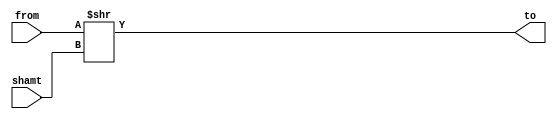
`ifndef __ShiftRightN__
`define __ShiftRightN__

// left shift 2 bits padded with 0's
module ShiftRightN(
    from,
    shamt,
    to
);
    input wire [31:0] from;
    input wire [4:0] shamt;
    output wire [31:0] to;

    assign to = from >> shamt;
endmodule // ShiftRightN

`endif